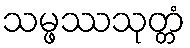
သမ္ဖဿသုတ္တံ